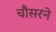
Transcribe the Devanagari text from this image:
चौसरने